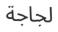
لجاجة